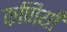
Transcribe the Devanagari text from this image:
कणियाँ